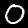
Digit: 0